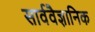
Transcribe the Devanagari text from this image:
सार्ववैज्ञानिक